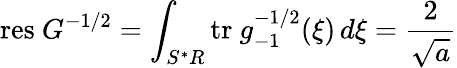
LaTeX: \mathrm{res}\ G^{-1/2}=\int_{S^{*}R}\mathrm{tr}\ g_{-1}^{-1/2}(\xi)\, d\xi=\frac{2}{\sqrt{a}}